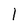
Character: 1